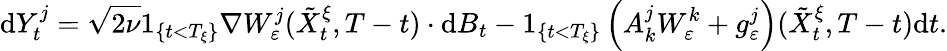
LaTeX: \textrm{d}Y_{t}^{j}=\sqrt{2\nu}1_{\{ t<T_{\xi}\} }\nabla W_{\varepsilon}^{j}(\tilde{X}_{t}^{\xi},T-t)\cdot\textrm{d}B_{t}-1_{\{ t<T_{\xi}\} }\left(A_{k}^{j}W_{\varepsilon}^{k}+g_{\varepsilon}^{j}\right)(\tilde{X}_{t}^{\xi},T-t)\textrm{d}t.